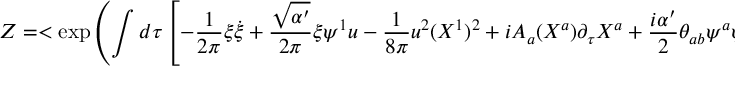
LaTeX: Z = < \exp \left( \int d \tau \left[ - \frac { 1 } { 2 \pi } \xi \dot { \xi } + \frac { \sqrt { \alpha ^ { \prime } } } { 2 \pi } \xi \psi ^ { 1 } u - \frac { 1 } { 8 \pi } u ^ { 2 } ( X ^ { 1 } ) ^ { 2 } + i A _ { a } ( X ^ { a } ) \partial _ { \tau } X ^ { a } + \frac { i \alpha ^ { \prime } } { 2 } \theta _ { a b } \psi ^ { a } \psi ^ { b } \right] \right) > \ ,